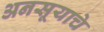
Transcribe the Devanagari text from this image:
अनसूयाचे